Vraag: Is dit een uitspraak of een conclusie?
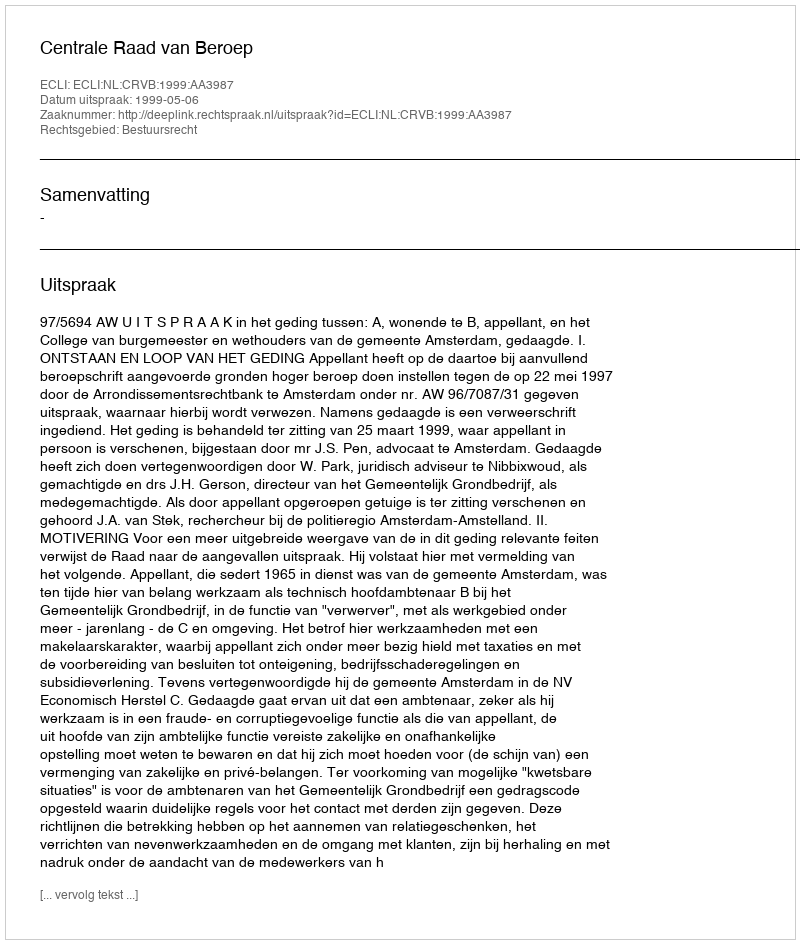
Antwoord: Uitspraak